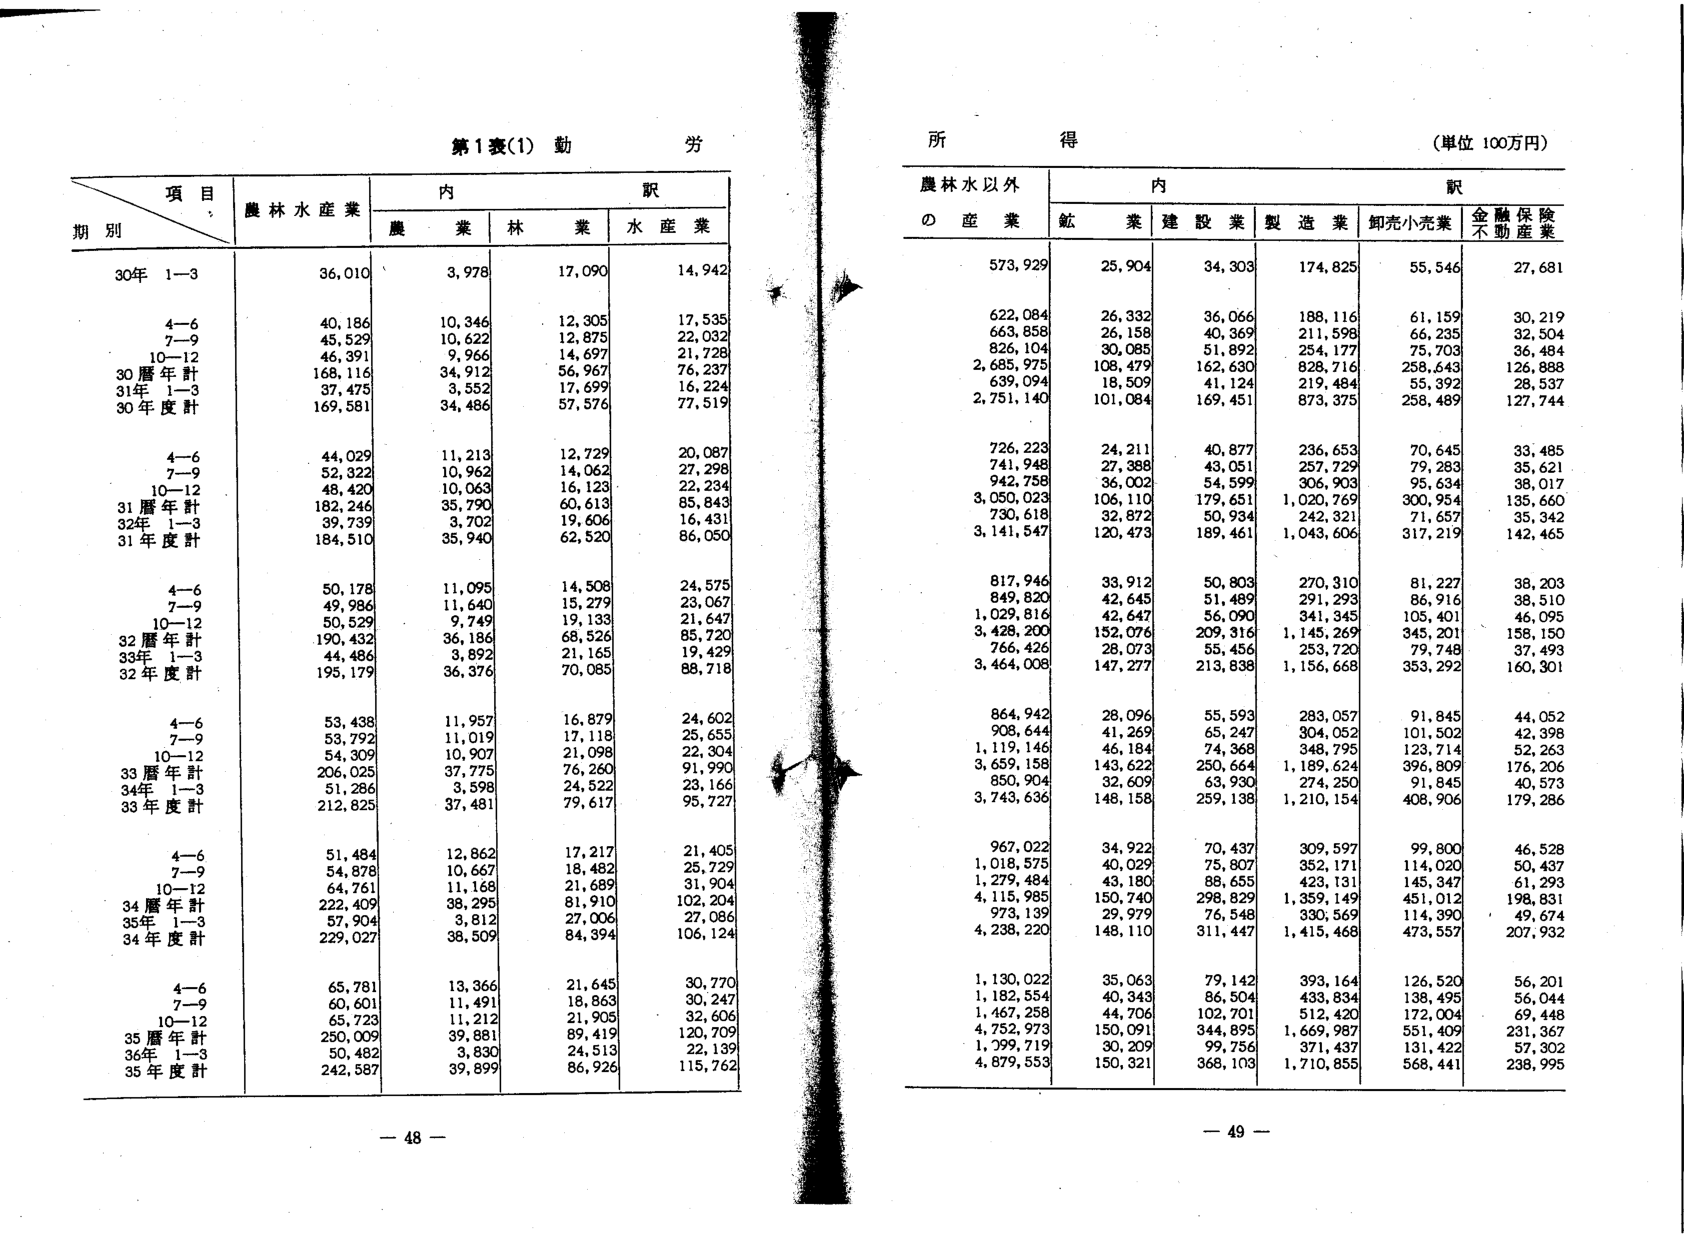
第1表(1) 勤 労

項目
期別
農林水産業
内 訳
農 業
林 業
水 産 業

30年 1-3
36,010
3,978
17,090
14,942

4-6
40,186
10,346
12,305
17,535

7-9
45,529
10,622
12,875
22,032

10-12
46,391
9,966
14,697
21,728

30暦年計
168,116
34,912
56,967
76,237

31年 1-3
37,475
3,552
17,699
16,224

30年度計
169,581
34,486
57,576
77,519

4-6
44,029
11,213
12,729
20,087

7-9
52,322
10,962
14,062
27,298

10-12
48,420
10,063
16,123
22,234

31暦年計
182,246
35,790
60,613
85,843

32年 1-3
39,739
3,702
19,606
16,431

31年度計
184,510
35,940
62,520
86,050

4-6
50,178
11,095
14,508
24,575

7-9
49,986
11,640
15,279
23,067

10-12
50,529
9,749
19,133
21,647

32暦年計
190,432
36,186
68,526
85,720

33年 1-3
44,486
3,892
21,165
19,429

32年度計
195,179
36,376
70,085
88,718

4-6
53,438
11,957
16,879
24,602

7-9
53,792
11,019
17,118
25,655

10-12
54,309
10,907
21,098
22,304

33暦年計
206,025
37,775
76,260
91,990

34年 1-3
51,286
3,598
24,522
23,166

33年度計
212,825
37,481
79,617
95,727

4-6
51,484
12,862
17,217
21,405

7-9
54,878
10,667
18,482
25,729

10-12
64,761
11,168
21,689
31,904

34暦年計
222,409
38,295
81,910
102,204

35年 1-3
57,904
3,812
27,006
27,086

34年度計
229,027
38,509
84,394
106,124

4-6
65,781
13,366
21,645
30,770

7-9
60,601
11,491
18,863
30,247

10-12
65,723
11,212
21,905
32,606

35暦年計
250,009
39,881
89,419
120,709

36年 1-3
50,482
3,830
24,513
22,139

35年度計
242,587
39,899
86,926
115,762

- 48 -

所 得
(単位 100万円)

農林水以外
内 訳
の 産 業
鉱 業
建設業
製造業
卸売小売業
金融保険
不動産業

573,929
25,904
34,303
174,825
55,546
27,681

622,084
26,332
36,066
188,116
61,159
30,219

663,858
26,158
40,369
211,598
66,235
32,504

826,104
30,085
51,892
254,177
75,703
36,484

2,685,975
108,479
162,630
828,716
258,643
126,888

639,094
18,509
41,124
219,484
55,392
28,537

2,751,140
101,084
169,451
873,375
258,489
127,744

726,223
24,211
40,877
236,653
70,645
33,485

741,948
27,388
43,051
257,729
79,283
35,621

942,758
36,002
54,599
306,903
95,634
38,017

3,050,023
106,110
179,651
1,020,769
300,954
135,660

730,618
32,872
50,934
242,321
71,657
35,342

3,141,547
120,473
189,461
1,043,606
317,219
142,465

817,946
33,912
50,803
270,310
81,227
38,203

849,820
42,645
51,489
291,293
86,916
38,510

1,029,816
42,647
56,090
341,345
105,401
46,095

3,428,200
152,076
209,316
1,145,269
345,201
158,150

766,426
28,073
55,456
253,720
79,748
37,493

3,464,008
147,277
213,838
1,156,668
353,292
160,301

864,942
28,096
55,593
283,057
91,845
44,052

908,644
41,269
65,247
304,052
101,502
42,398

1,119,146
46,184
74,368
348,795
123,714
52,263

3,659,158
143,622
250,664
1,189,624
396,809
176,206

850,904
32,609
63,930
274,250
91,845
40,573

3,743,636
148,158
259,138
1,210,154
408,906
179,286

967,022
34,922
70,437
309,597
99,800
46,528

1,018,575
40,029
75,807
352,171
114,020
50,437

1,279,484
43,180
88,665
423,131
145,347
61,293

4,115,985
150,740
298,829
1,359,149
451,012
198,831

973,139
29,979
76,548
330,569
114,390
49,674

4,238,220
148,110
311,447
1,415,468
473,557
207,932

1,130,022
35,063
79,142
393,164
126,520
56,201

1,182,554
40,343
86,504
433,834
138,495
56,044

1,467,258
44,706
102,701
512,420
172,004
69,448

4,752,973
150,091
344,895
1,669,987
551,409
231,367

1,299,719
30,209
99,756
371,437
131,422
57,302

4,879,553
150,321
368,103
1,710,855
568,441
238,995

- 49 -